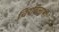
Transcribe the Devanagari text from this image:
चिरविलासी